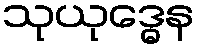
သုယုဒ္ဓေန